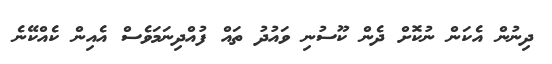
ދިނުން އެކަން ނުކޮށް ދެން ކޫސުނި ވައުދު ތައް ފުއްދިނަމަވެސް އެއިން ކެއްކޭނެ